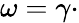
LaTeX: \omega=\gamma\cdot